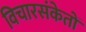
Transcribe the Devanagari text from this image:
विचारसंकेतों